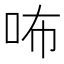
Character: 咘